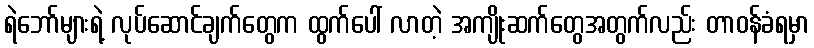
ရဲဘော်များရဲ့ လုပ်ဆောင်ချက်တွေက ထွက်ပေါ် လာတဲ့ အကျိုးဆက်တွေအတွက်လည်း တာဝန်ခံရမှာ